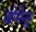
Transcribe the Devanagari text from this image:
जोगेन्द्र